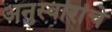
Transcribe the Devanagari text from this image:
अनुस्वारांचे